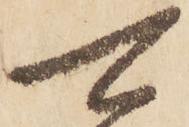
可